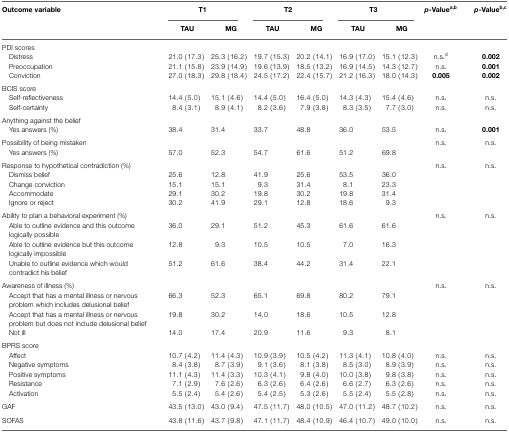
<table><thead><tr><td><b>Outcome variable</b></td><td colspan="2"><b>T1</b></td><td colspan="2"><b>T2</b></td><td colspan="2"><b>T3</b></td><td><b><i>p</i>-Value<sup>a</sup><sup>,</sup><sup>b</sup></b></td><td><b><i>p</i>-Value<sup>b</sup><sup>,</sup><sup>c</sup></b></td></tr><tr><td></td><td><b>TAU</b></td><td><b>MG</b></td><td><b>TAU</b></td><td><b>MG</b></td><td><b>TAU</b></td><td><b>MG</b></td><td></td></tr></thead><tbody><tr><td>PDI scores</td><td></td><td></td><td></td><td></td><td></td><td></td><td></td><td></td></tr><tr><td> Distress</td><td>21.0 (17.3)</td><td>25.3 (16.2)</td><td>19.7 (15.3)</td><td>20.2 (14.1)</td><td>16.9 (17.0)</td><td>15.1 (12.3)</td><td>n.s.<sup>d</sup></td><td><b>0.002</b></td></tr><tr><td> Preoccupation</td><td>21.1 (15.8)</td><td>23.9 (14.9)</td><td>19.6 (13.9)</td><td>18.5 (13.2)</td><td>16.9 (14.5)</td><td>14.3 (12.7)</td><td>n.s.</td><td><b>0.001</b></td></tr><tr><td> Conviction</td><td>27.0 (18.3)</td><td>29.8 (18.4)</td><td>24.5 (17.2)</td><td>22.4 (15.7)</td><td>21.2 (16.3)</td><td>18.0 (14.3)</td><td><b>0.005</b></td><td><b>0.002</b></td></tr><tr><td>BCIS score</td><td></td><td></td><td></td><td></td><td></td><td></td><td></td><td></td></tr><tr><td> Self-reflectiveness</td><td>14.4 (5.0)</td><td>15.1 (4.6)</td><td>14.4 (5.0)</td><td>16.4 (5.0)</td><td>14.3 (4.3)</td><td>15.4 (4.6)</td><td>n.s.</td><td>n.s.</td></tr><tr><td> Self-certainty</td><td>8.4 (3.1)</td><td>8.9 (4.1)</td><td>8.2 (3.6)</td><td>7.9 (3.8)</td><td>8.3 (3.5)</td><td>7.7 (3.0)</td><td>n.s.</td><td>n.s.</td></tr><tr><td>Anything against the belief</td><td></td><td></td><td></td><td></td><td></td><td></td><td></td><td></td></tr><tr><td> Yes answers (%)</td><td>38.4</td><td>31.4</td><td>33.7</td><td>48.8</td><td>36.0</td><td>53.5</td><td>n.s.</td><td><b>0.001</b></td></tr><tr><td>Possibility of being mistaken</td><td></td><td></td><td></td><td></td><td></td><td></td><td>n.s.</td><td>n.s.</td></tr><tr><td> Yes answers (%)</td><td>57.0</td><td>52.3</td><td>54.7</td><td>61.6</td><td>51.2</td><td>69.8</td><td></td><td></td></tr><tr><td>Response to hypothetical contradiction (%)</td><td></td><td></td><td></td><td></td><td></td><td></td><td>n.s.</td><td>n.s.</td></tr><tr><td> Dismiss belief</td><td>25.6</td><td>12.8</td><td>41.9</td><td>25.6</td><td>53.5</td><td>36.0</td><td></td><td></td></tr><tr><td> Change conviction</td><td>15.1</td><td>15.1</td><td>9.3</td><td>31.4</td><td>8.1</td><td>23.3</td><td></td><td></td></tr><tr><td> Accommodate</td><td>29.1</td><td>30.2</td><td>19.8</td><td>30.2</td><td>19.8</td><td>31.4</td><td></td><td></td></tr><tr><td> Ignore or reject</td><td>30.2</td><td>41.9</td><td>29.1</td><td>12.8</td><td>18.6</td><td>9.3</td><td></td><td></td></tr><tr><td>Ability to plan a behavioral experiment (%)</td><td></td><td></td><td></td><td></td><td></td><td></td><td>n.s.</td><td>n.s.</td></tr><tr><td> Able to outline evidence and this outcome logically possible</td><td>36.0</td><td>29.1</td><td>51.2</td><td>45.3</td><td>61.6</td><td>61.6</td><td></td><td></td></tr><tr><td> Able to outline evidence but this outcome logically impossible</td><td>12.8</td><td>9.3</td><td>10.5</td><td>10.5</td><td>7.0</td><td>16.3</td><td></td><td></td></tr><tr><td> Unable to outline evidence which would contradict his belief</td><td>51.2</td><td>61.6</td><td>38.4</td><td>44.2</td><td>31.4</td><td>22.1</td><td></td><td></td></tr><tr><td>Awareness of illness (%)</td><td></td><td></td><td></td><td></td><td></td><td></td><td>n.s.</td><td>n.s.</td></tr><tr><td> Accept that has a mental illness or nervous problem which includes delusional belief</td><td>66.3</td><td>52.3</td><td>65.1</td><td>69.8</td><td>80.2</td><td>79.1</td><td></td><td></td></tr><tr><td> Accept that has a mental illness or nervous problem but does not include delusional belief</td><td>19.8</td><td>30.2</td><td>14.0</td><td>18.6</td><td>10.5</td><td>12.8</td><td></td><td></td></tr><tr><td> Not ill</td><td>14.0</td><td>17.4</td><td>20.9</td><td>11.6</td><td>9.3</td><td>8.1</td><td></td><td></td></tr><tr><td>BPRS score</td><td></td><td></td><td></td><td></td><td></td><td></td><td></td><td></td></tr><tr><td> Affect</td><td>10.7 (4.2)</td><td>11.4 (4.3)</td><td>10.9 (3.9)</td><td>10.5 (4.2)</td><td>11.3 (4.1)</td><td>10.8 (4.0)</td><td>n.s.</td><td>n.s.</td></tr><tr><td> Negative symptoms</td><td>8.4 (3.8)</td><td>8.7 (3.9)</td><td>9.1 (3.6)</td><td>8.1 (3.8)</td><td>8.5 (3.0)</td><td>8.9 (3.9)</td><td>n.s.</td><td>n.s.</td></tr><tr><td> Positive symptoms</td><td>11.1 (4.3)</td><td>11.4 (3.3)</td><td>10.3 (4.1)</td><td>9.8 (4.0)</td><td>10.0 (3.8)</td><td>9.8 (3.8)</td><td>n.s.</td><td>n.s.</td></tr><tr><td> Resistance</td><td>7.1 (2.9)</td><td>7.6 (2.6)</td><td>6.3 (2.6)</td><td>6.4 (2.6)</td><td>6.6 (2.7)</td><td>6.3 (2.6)</td><td>n.s.</td><td>n.s.</td></tr><tr><td> Activation</td><td>5.5 (2.4)</td><td>5.4 (2.6)</td><td>5.4 (2.5)</td><td>5.3 (2.6)</td><td>5.5 (2.4)</td><td>5.5 (2.8)</td><td>n.s.</td><td>n.s.</td></tr><tr><td>GAF</td><td>43.5 (13.0)</td><td>43.0 (9.4)</td><td>47.5 (11.7)</td><td>48.0 (10.5)</td><td>47.0 (11.2)</td><td>48.7 (10.2)</td><td>n.s.</td><td>n.s.</td></tr><tr><td>SOFAS</td><td>43.8 (11.6)</td><td>43.7 (9.8)</td><td>47.1 (11.7)</td><td>48.4 (10.9)</td><td>46.4 (10.7)</td><td>49.0 (10.0)</td><td>n.s.</td><td>n.s.</td></tr></tbody></table>